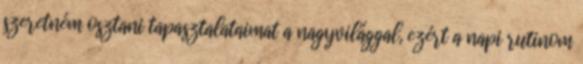
szeretném osztani tapasztalataimat a nagyvilággal, ezért a napi rutinom